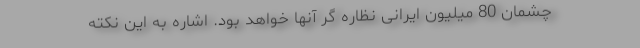
چشمان 80 میلیون ایرانی نظاره گر آنها خواهد بود. اشاره به این نکته